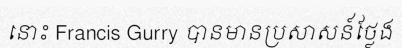
នោះ Francis Gurry បានមានប្រសាសន៍ថ្លែង